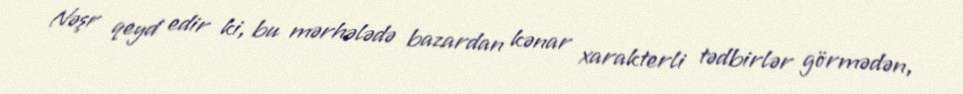
Nəşr qeyd edir ki, bu mərhələdə bazardan kənar xarakterli tədbirlər görmədən,